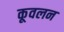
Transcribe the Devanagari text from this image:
कूवलन